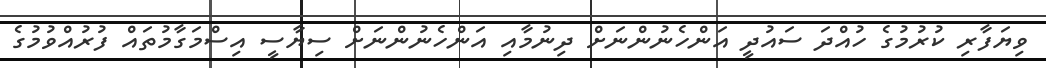
ވިޔަފާރި ކުރުމުގެ ހުއްދަ ސައުދީ އަންހެނުންނަށް ދިނުމާއި އަންހެނުންނަށް ސިޔާސީ އިސްމަގާމުތައް ފުރުއްވުމުގެ